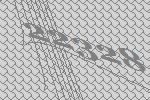
22328